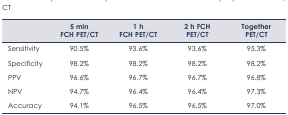
|  | 5 min FCH PET/CT | 1 h FCH PET/CT | 2 h FCH PET/CT | Together PET/CT |
 | --- | --- | --- | --- | --- |
 | Sensitivity | 90.5% | 93.6% | 93.6% | 95.3% |
 | Specificity | 98.2% | 98.2% | 98.2% | 98.2% |
 | PPV | 96.6% | 96.7% | 96.7% | 96.8% |
 | NPV | 94.7% | 96.4% | 96.4% | 97.3% |
 | Accuracy | 94.1% | 96.5% | 96.5% | 97.0% |